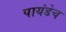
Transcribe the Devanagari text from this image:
पायंडेच